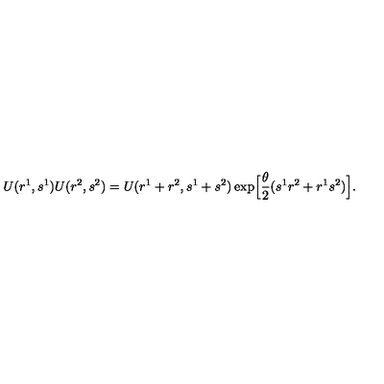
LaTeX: U ( r ^ { 1 } , s ^ { 1 } ) U ( r ^ { 2 } , s ^ { 2 } ) = U ( r ^ { 1 } + r ^ { 2 } , s ^ { 1 } + s ^ { 2 } ) \exp \Bigl [ \frac { \theta } { 2 } ( s ^ { 1 } r ^ { 2 } + r ^ { 1 } s ^ { 2 } ) \Bigr ] .